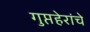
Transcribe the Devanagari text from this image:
गुप्तहेरांचे